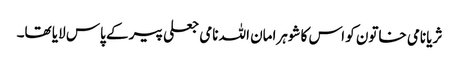
ثریا نامی خاتون کو اس کا شوہرامان اللہ نامی جعلی پیر کے پاس لایا تھا۔